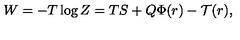
W = - T \log Z = T S + Q \Phi ( r ) - \mathcal { T } ( r ) ,